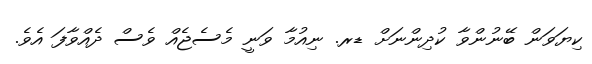
ކިޔަވަން ބޭނުންވާ ކުދިންނަށް ޑރ. ނިއުމާ ވަނީ މެސެޖެއް ވެސް ދެއްވާފަ އެވެ.